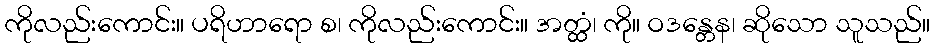
ကိုလည်းကောင်း။ ပရိဟာရော စ၊ ကိုလည်းကောင်း။ အတ္ထံ၊ ကို။ ဝဒန္တေန၊ ဆိုသော သူသည်။